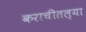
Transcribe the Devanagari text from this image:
कराचीतल्या